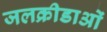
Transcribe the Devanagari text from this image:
जलक्रीडाओं